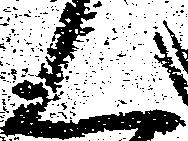
ん